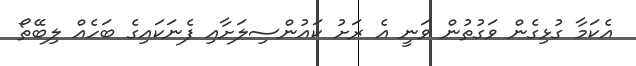
އެކަމާ ގުޅިގެން ވަގުތުން ވަނީ އެ ރަށު ކައުންސިލަށާއި ފެނަކައިގެ ބަހެއް ލިބޭތޯ